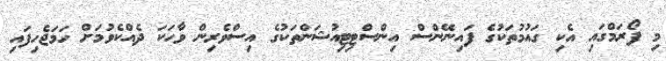
މި ފޯރަމްގައި އެކި ގައުމުތަކުގެ ފައިނޭންސް އިންސްޓިޓިއުޝަންތަކުގެ އިސްވެރިން ވާހަކަ ދެއްކެވުމަށް ހަމަޖެހިފައި